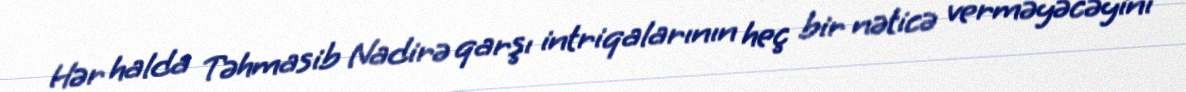
Hər halda Təhmasib Nadirə qarşı intriqalarının heç bir nəticə verməyəcəyini